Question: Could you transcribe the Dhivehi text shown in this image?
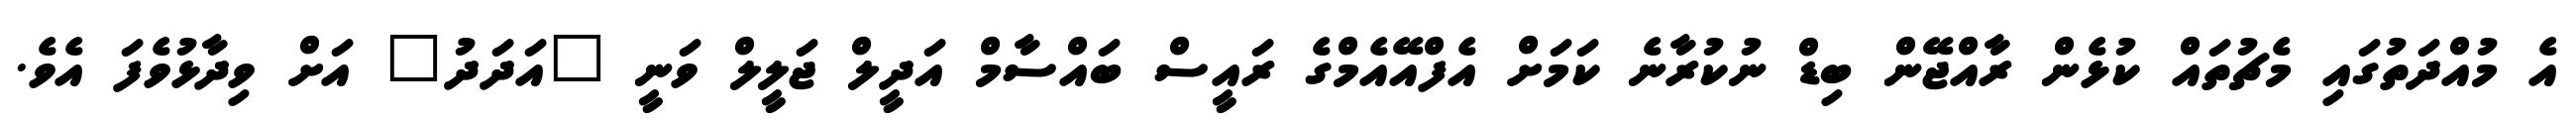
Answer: އެ މުއްދަތުގައި މެޗުތައް ކުޅެން ރާއްޖޭން ބިޑް ނުކުރާނެ ކަމަށް އެފްއޭއެމްގެ ރައީސް ބައްސާމް އަދީލް ޖަލީލް ވަނީ "އަދަދު" އަށް ވިދާޅުވެފަ އެވެ.